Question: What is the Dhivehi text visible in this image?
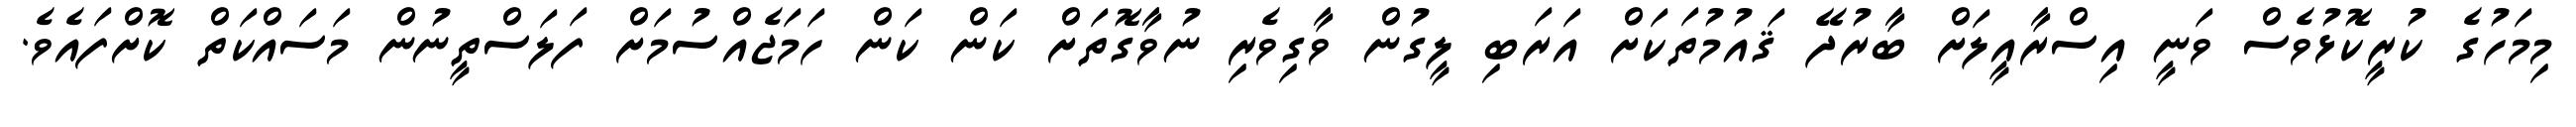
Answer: މިމަހުގެ ކުރީކޮޅުވެސް ވަނީ އިސްރާއީލަށް ބާރުދޭ ޤައުމުތަކަށް އަރަބި ލީގުން ވާގިވެރި ނުވާގޮތަށް ކަން ކަން ހަމަޖެއްސުމަށް ފަލަސްތީނުން މަސައްކަތް ކޮށްފައެވެ.